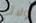
ولائي